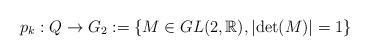
LaTeX: \begin{align*}p_{k}:Q\to G_{2}:=\left\{ M \in GL(2,\mathbb{R}), \left|\det(M)\right|=1 \right\}\end{align*}